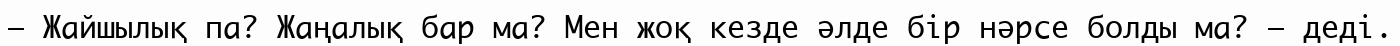
– Жайшылық па? Жаңалық бар ма? Мен жоқ кезде әлде бір нәрсе болды ма? – деді.